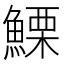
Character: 𩺤